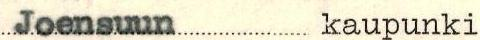
Joensuun kaupunki